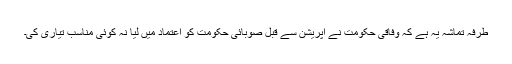
طرفہ تماشہ یہ ہے کہ وفاقی حکومت نے آپریشن سے قبل صوبائی حکومت کو اعتماد میں لیا نہ کوئی مناسب تیاری کی۔